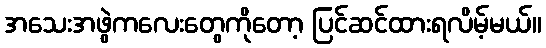
အသေးအဖွဲကလေးတွေကိုတော့ ပြင်ဆင်ထားရလိမ့်မယ်။